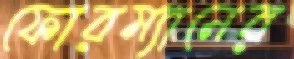
ফোরম্যানের